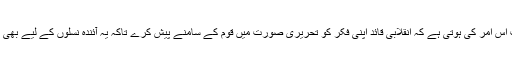
چنانچہ ضرورت اِس اَمر کی ہوتی ہے کہ اِنقلابی قائد اپنی فکر کو تحریری صورت میں قوم کے سامنے پیش کرے تاکہ یہ آئندہ نسلوں کے لیے بھی محفوظ رہ سکے۔